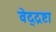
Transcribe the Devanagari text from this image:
वेद्द्रष्टा